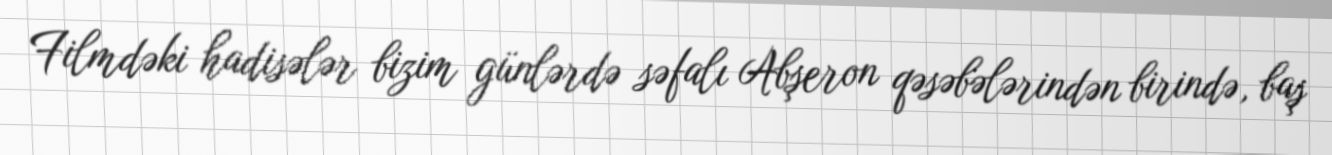
Filmdəki hadisələr bizim günlərdə səfalı Abşeron qəsəbələrindən birində, baş